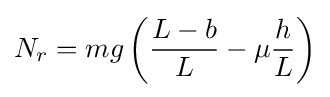
N_{r}=mg\left({\frac {L-b}{L}}-\mu {\frac {h}{L}}\right)